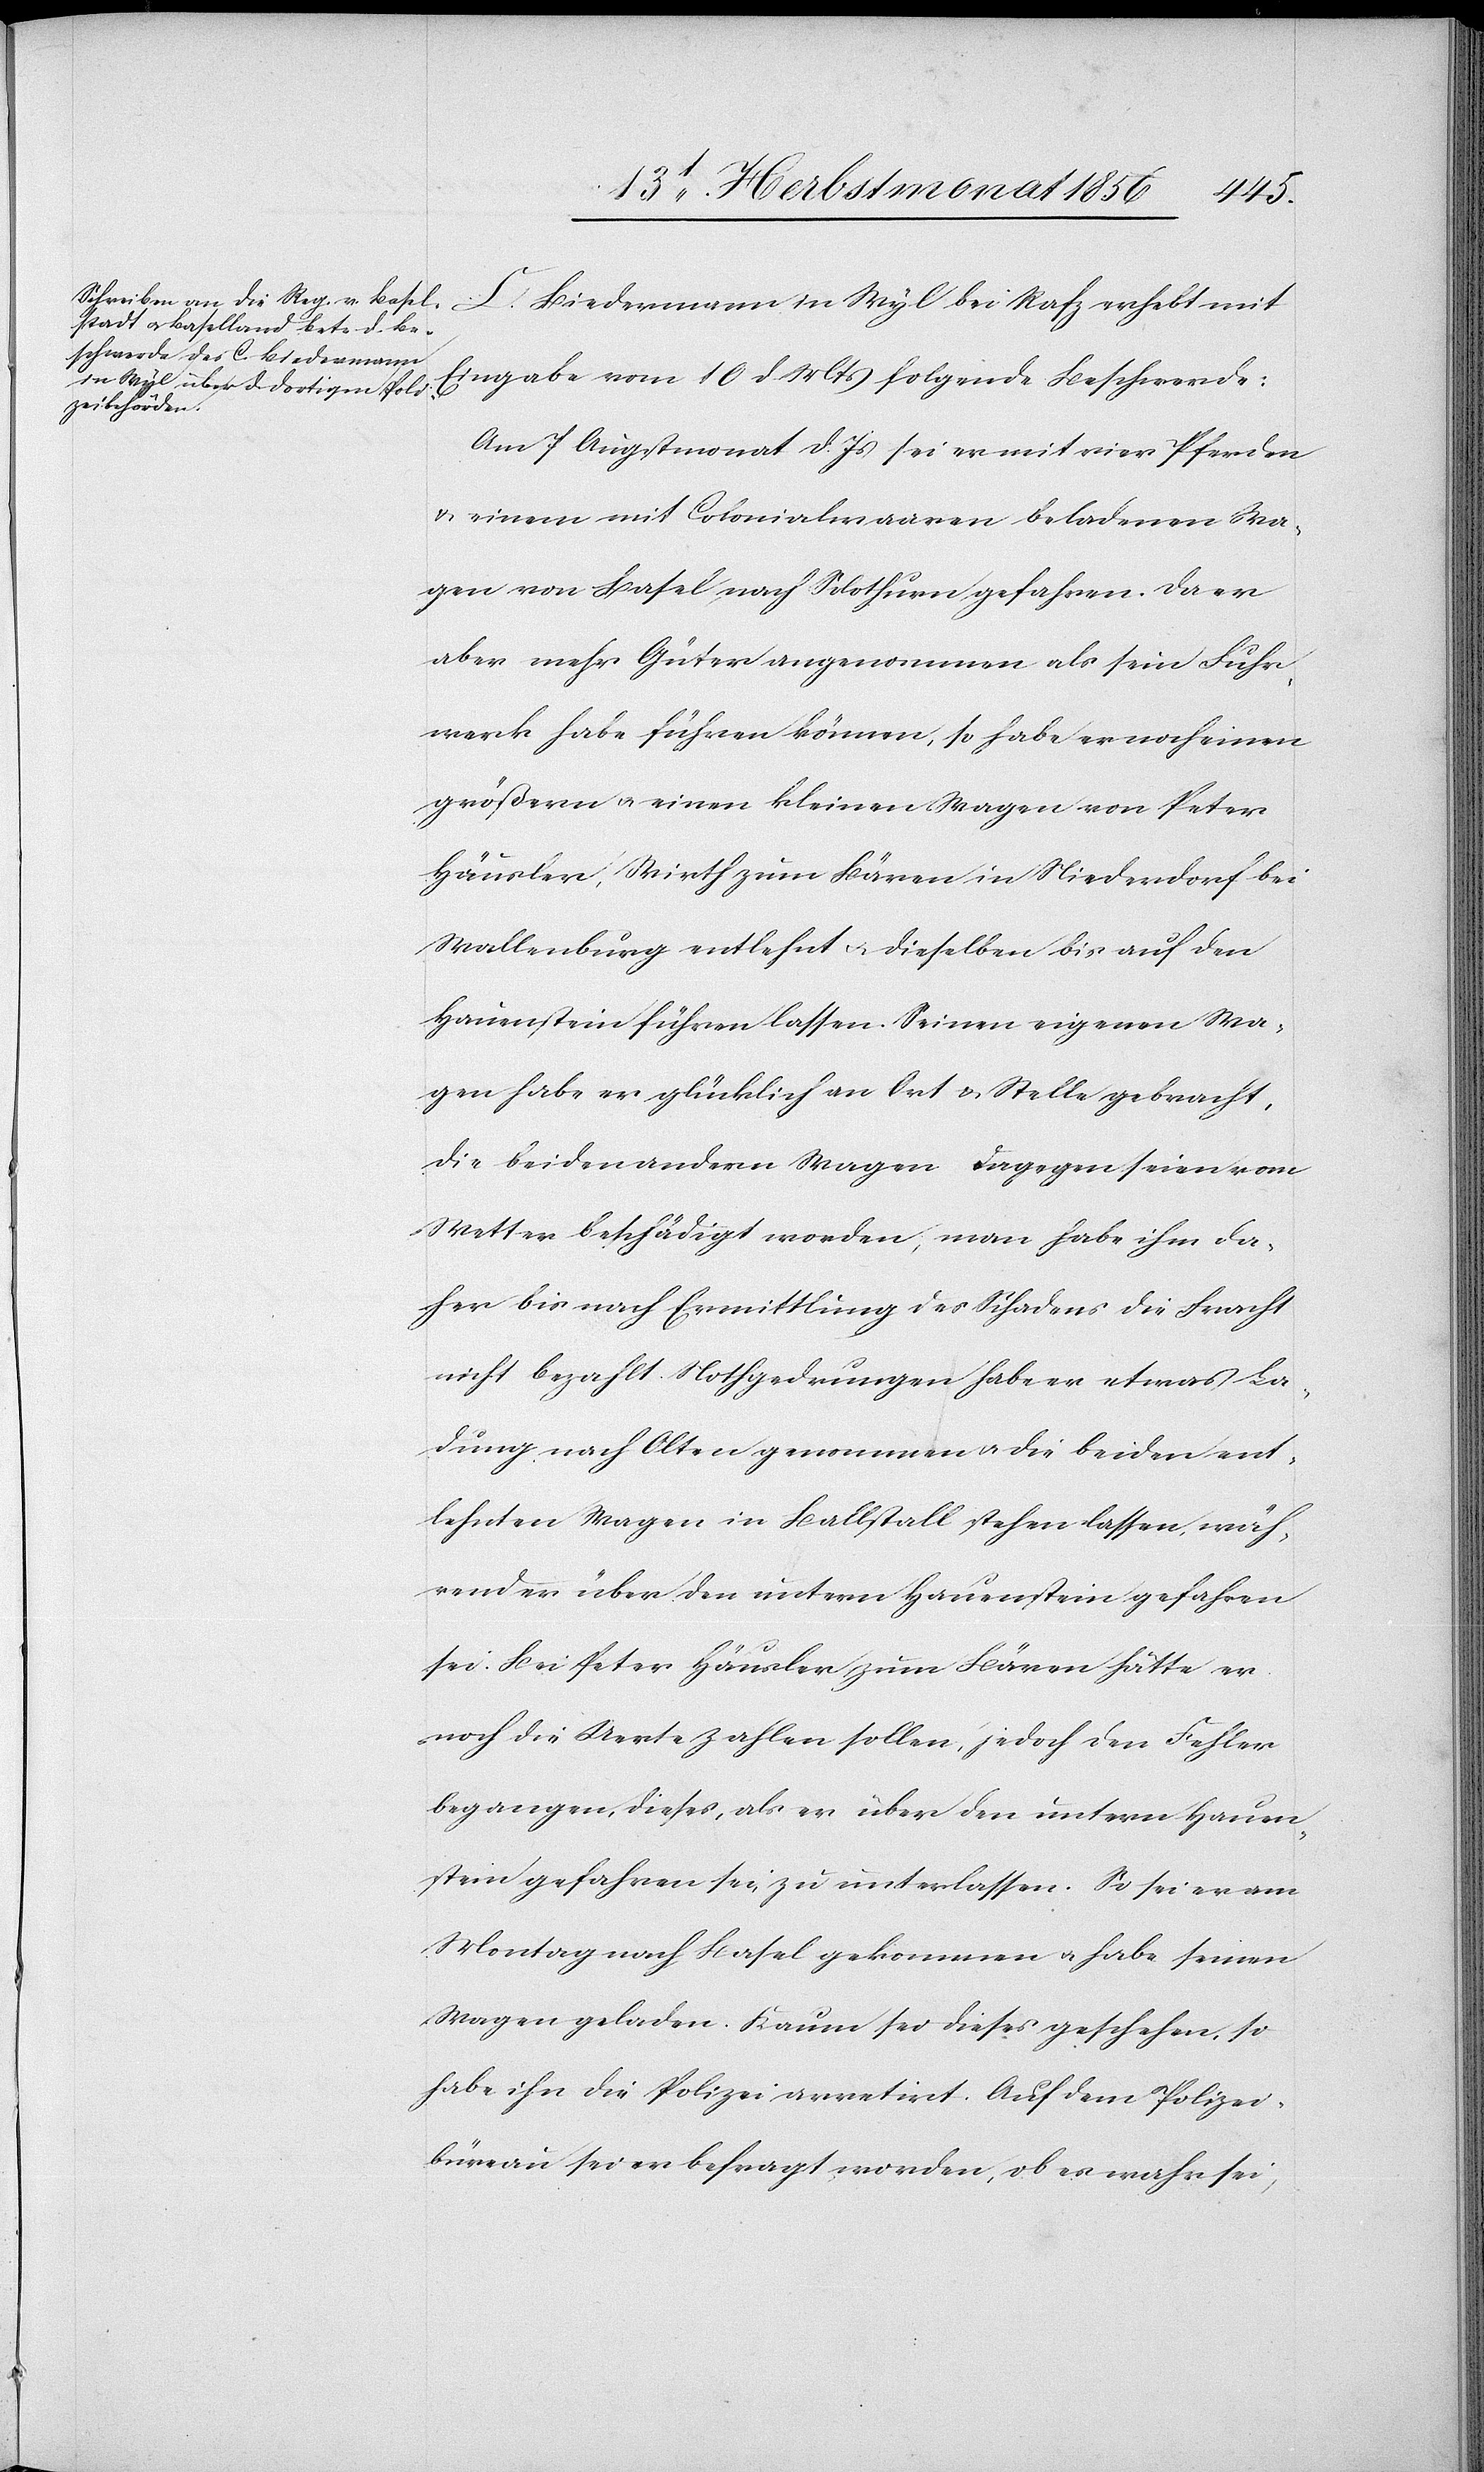
C. Biedermann in Wyl bei Rafz erhebt mit
Eingabe vom 10 d Mts folgende Beschwerde:
Am 7 Augstmonat d. Js sei er mit vier Pferden
& einem mit Colonialwaaren beladenen Wa¬
gen von Basel nach Solothurn gefahren. Da er
aber mehr Güter angenommen als sein Fuhr¬
werk habe führen können, so habe er noch einen
größern u. einen kleinen Wagen von Peter
Häusler, Wirth zum Bären in Niederdorf bei
Wallenburg entlehnt u. dieselben bis auf den
Hauenstein führen lassen. Seinen eigenen Wa¬
gen habe er glücklich an Ort & Stelle gebracht,
die beiden andern Wagen dagegen seien vom
Wetter beschädigt worden, man habe ihm da¬
her bis nach Ermittlung des Schadens die Fracht
nicht bezahlt. Nothgedrungen habe er etwas La¬
dung nach Olten genommen u. die beiden ent¬
lehnten Wagen in Ballstall stehen lassen, wäh¬
rend er über den untern Hauenstein gefahren
sei. Bei Peter Häusler zum Bären hätte er
noch die Uerte zahlen sollen, jedoch den Fehler
begangen, dieses, als er über den untern Hauen¬
stein gefahren sei, zu unterlassen. So sei er am
Montag nach Basel gekommen u. habe seinen
Wagen geladen. Kaum sei dieses geschehen, so
habe ihn die Polizei arretirt. Auf dem Polizei¬
büreau sei er befragt worden, ob es wahr sei,